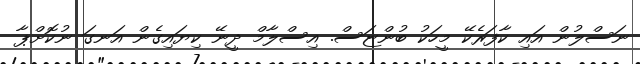
ނަސްލުން އައި ކާފަރެކޭ މީހަކު ބުންޏަސް. އިސްލާމް ދީނޭ ކިޔައިގެން އަނގަ ނުކޮށްޕާ